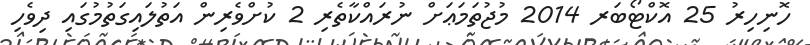
ހޮނިހިރު 25 އޮކްޓޯބަރ 2014 މުޖުތަމަޢަށް ނުރައްކާތެރި 2 ކުށްވެރިން އަތުލައިގަތުމުގައި ދިވެހި